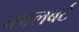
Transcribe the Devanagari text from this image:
कालबर्ट